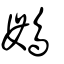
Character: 䳇